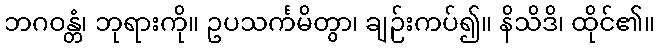
ဘဂဝန္တံ၊ ဘုရားကို။ ဥပသင်္ကမိတွာ၊ ချဉ်းကပ်၍။ နိသိဒိ၊ ထိုင်၏။